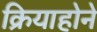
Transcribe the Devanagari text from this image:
क्रियाहोने